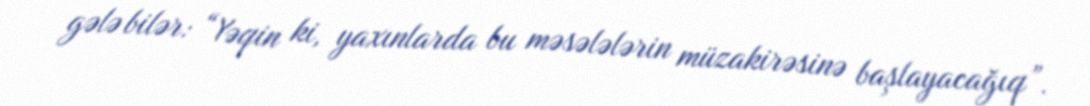
gələ bilər: “Yəqin ki, yaxınlarda bu məsələlərin müzakirəsinə başlayacağıq”.